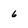
Character: 6